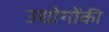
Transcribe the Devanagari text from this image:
उद्योगोंकी